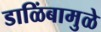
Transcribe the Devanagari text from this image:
डाळिंबामुळे